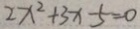
2 x ^ { 2 } + 3 x - 5 = 0